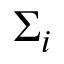
\Sigma _ { i }